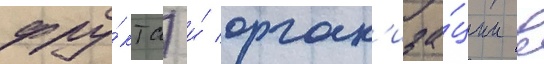
фру́кта) и́ орган'иза́ции в